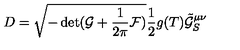
D = \sqrt { - \det ( \mathcal { G } + \frac { 1 } { 2 \pi } \mathcal { F } ) } \frac { 1 } { 2 } g ( T ) \tilde { \mathcal { G } } _ { S } ^ { \mu \nu }